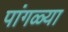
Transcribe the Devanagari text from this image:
पांगळ्या